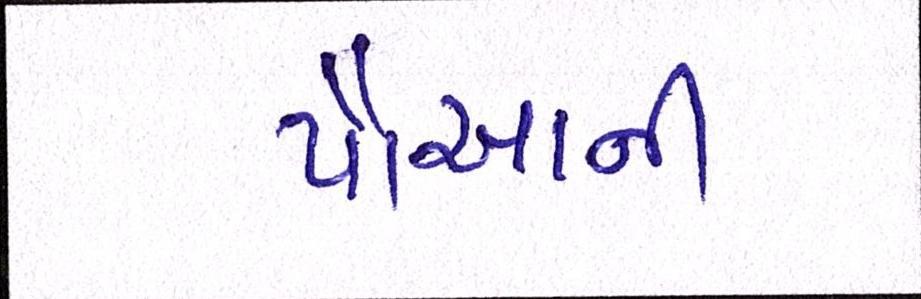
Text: પૌઆની